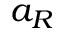
a _ { R }